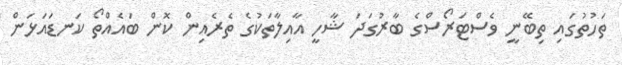
ތަހުތުގައި ތިބޭނީ ވެސްޓަރޯސްގެ ބާރުގަދަ ޝާހީ އާއިލާތަކުގެ ތެރެއިން ކޮން ބައެއްތޯ ކަނޑައަޅަން